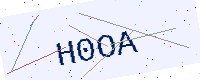
Text: H0OA